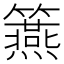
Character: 𥷀